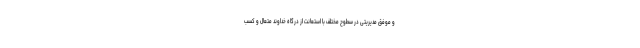
و موفق مدیریتی در سطوح مختلف با استعانت از درگاه خداوند متعال و کسب